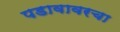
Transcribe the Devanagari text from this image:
पडावावरचा